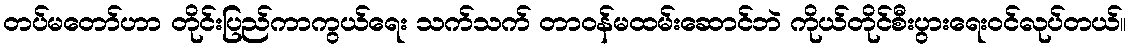
တပ်မတော်ဟာ တိုင်းပြည်ကာကွယ်ရေး သက်သက် တာဝန်မထမ်းဆောင်ဘဲ ကိုယ်တိုင်စီးပွားရေးဝင်လုပ်တယ်။